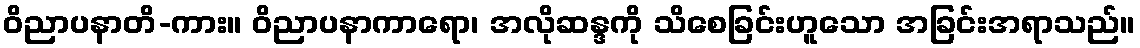
ဝိညာပနာတိ-ကား။ ဝိညာပနာကာရော၊ အလိုဆန္ဒကို သိစေခြင်းဟူသော အခြင်းအရာသည်။